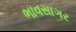
ભાવસાગર